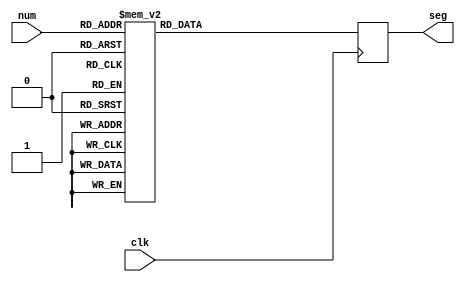
`timescale 1ns / 1ps
//////////////////////////////////////////////////////////////////////////////////
// Company: 
// Engineer: 
// 
// Design Name: 
// Module Name: segment_show
// Project Name: 
// Target Devices: 
// Tool Versions: 
// Description: 
// 
// Dependencies: 
// 
// Revision:
// Revision 0.01 - File Created
// Additional Comments:
// 
//////////////////////////////////////////////////////////////////////////////////

module segment_show(
    input clk,
    input [3:0] num,
    output reg [6:0] seg
    );
    always@(negedge clk)
    begin
        case(num)
	    4'b0000:      seg = 7'b0000001;//0
        4'b0001:      seg = 7'b1001111;//1
        4'b0010:      seg = 7'b0010010;//2
        4'b0011:      seg = 7'b0000110;//3
        4'b0100:      seg = 7'b1001100;//4
        4'b0101:      seg = 7'b0100100;//5
        4'b0110:      seg = 7'b0100000;//6
        4'b0111:      seg = 7'b0001111;//7
        4'b1000:      seg = 7'b0000000;//8
        4'b1001:      seg = 7'b0000100;//9
        4'b1010:      seg = 7'b0001000;//a
        4'b1011:      seg = 7'b1100000;//b
        4'b1100:      seg = 7'b0110001;//c
        4'b1101:      seg = 7'b1000010;//d
        4'b1110:      seg = 7'b0110000;//e
        4'b1111:      seg = 7'b0111000;//f
        default:      seg = 7'b1111111;
        endcase
    end
endmodule